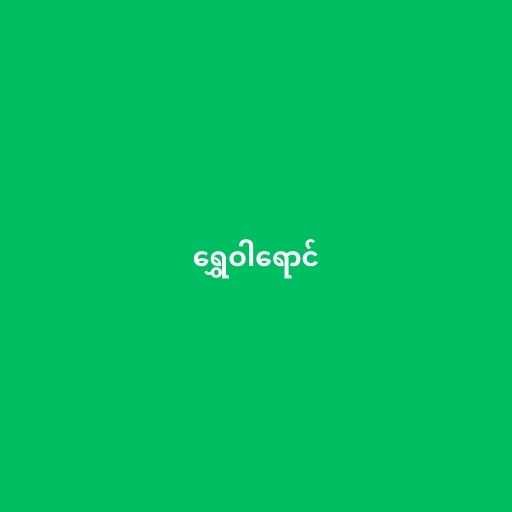
ရွှေဝါရောင်